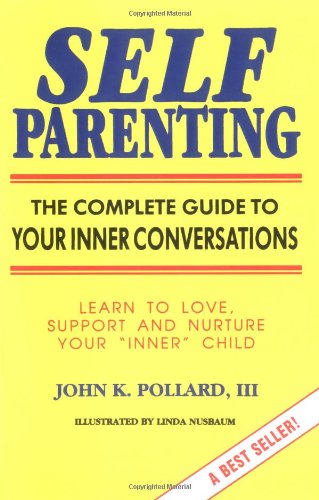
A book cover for Self Parenting: The Complete Guide to Your Inner Conversations; John K. Pollard; Self-Help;